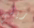
ريشي